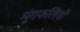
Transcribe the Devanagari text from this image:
मूंगफलियों